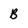
Character: B